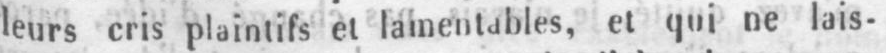
leurs cris plaintifs et lamentables, et qui ne lais-